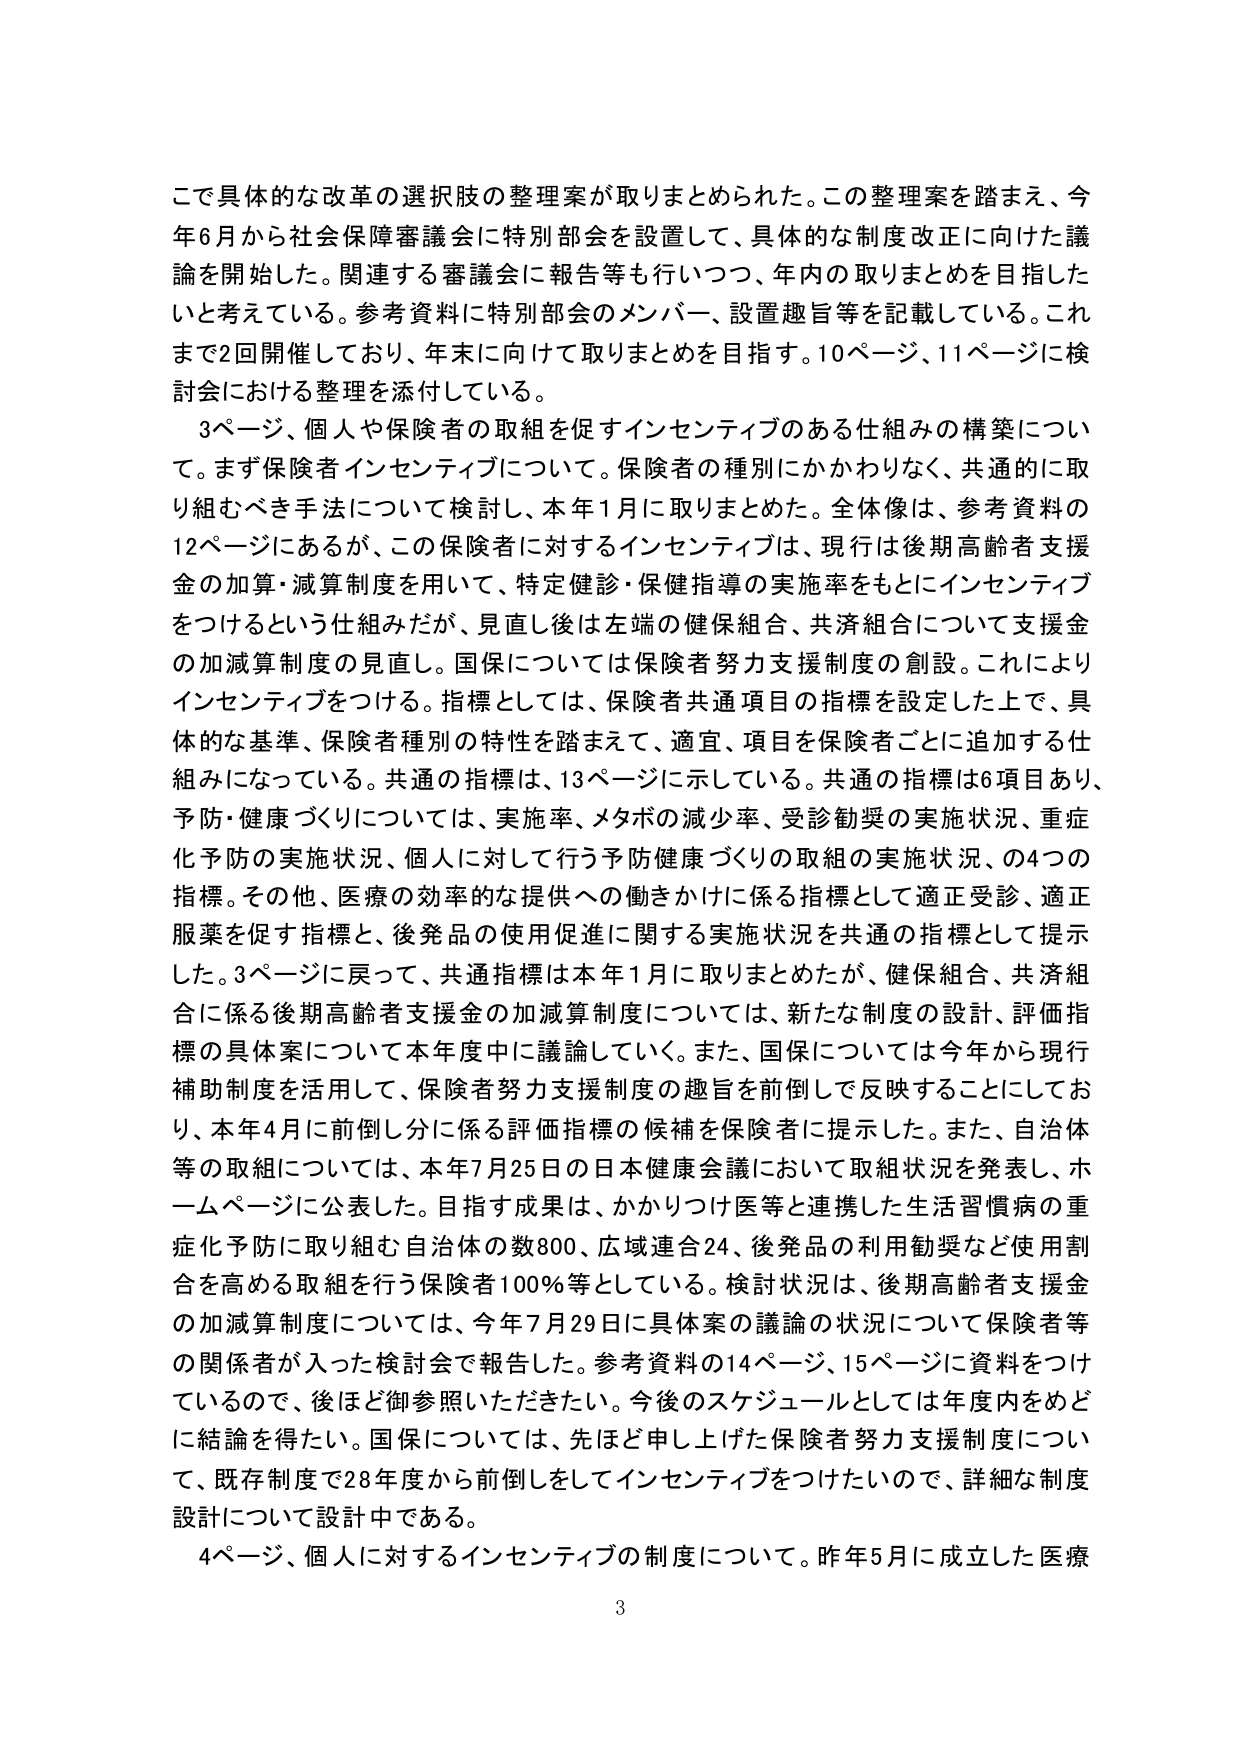
こで具体的な改革の選択肢の整理案が取りまとめられた。この整理案を踏まえ、今年6月から社会保障審議会に特別部会を設置して、具体的な制度改正に向けた議論を開始した。関連する審議会に報告等も行いつつ、年内の取りまとめを目指したいと考えている。参考資料に特別部会のメンバー、設置趣旨等を記載している。これまで2回開催しており、年末に向けて取りまとめを目指す。10ページ、11ページに検討会における整理を添付している。

3ページ、個人や保険者の取組を促すインセンティブのある仕組みの構築について。まず保険者インセンティブについて。保険者の種別にかかわりなく、共通的に取り組むべき手法について検討し、本年1月に取りまとめた。全体像は、参考資料の12ページにあるが、この保険者に対するインセンティブは、現行は後期高齢者支援金の加算・減算制度を用いて、特定健診・保健指導の実施率をもとにインセンティブをつけるという仕組みだが、見直し後は左端の健保組合、共済組合について支援金の加減算制度の見直し。国保については保険者努力支援制度の創設。これによりインセンティブをつける。指標としては、保険者共通項目の指標を設定した上で、具体的な基準、保険者種別の特性を踏まえて、適宜、項目を保険者ごとに追加する仕組みになっている。共通の指標は、13ページに示している。共通の指標は6項目あり、予防・健康づくりについては、実施率、メタボの減少率、受診勧奨の実施状況、重症化予防の実施状況、個人に対して行う予防健康づくりの取組の実施状況、の4つの指標。その他、医療の効率的な提供への働きかけに係る指標として適正受診、適正服薬を促す指標と、後発品の使用促進に関する実施状況を共通の指標として提示した。3ページに戻って、共通指標は本年1月に取りまとめたが、健保組合、共済組合に係る後期高齢者支援金の加減算制度については、新たな制度の設計、評価指標の具体案について本年度中に議論していく。また、国保については今年から現行補助制度を活用して、保険者努力支援制度の趣旨を前倒しで反映することにしており、本年4月に前倒し分に係る評価指標の候補を保険者に提示した。また、自治体等の取組については、本年7月25日の日本健康会議において取組状況を発表し、ホームページに公表した。目指す成果は、かかりつけ医等と連携した生活習慣病の重症化予防に取り組む自治体の数800、広域連合24、後発品の利用勧奨など使用割合を高める取組を行う保険者100％等としている。検討状況は、後期高齢者支援金の加減算制度については、今年7月29日に具体案の議論の状況について保険者等の関係者が入った検討会で報告した。参考資料の14ページ、15ページに資料をつけているので、後ほど御参照いただきたい。今後のスケジュールとしては年度内をめどに結論を得たい。国保については、先ほど申し上げた保険者努力支援制度について、既存制度で28年度から前倒しをしてインセンティブをつけたいので、詳細な制度設計について設計中である。

4ページ、個人に対するインセンティブの制度について。昨年5月に成立した医療

3